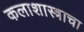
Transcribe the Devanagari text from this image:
कलाशास्त्राचा